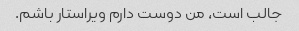
جالب است، من دوست دارم ویراستار باشم.